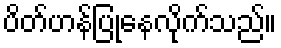
ပိတ်ဟန်ပြုနေလိုက်သည်။